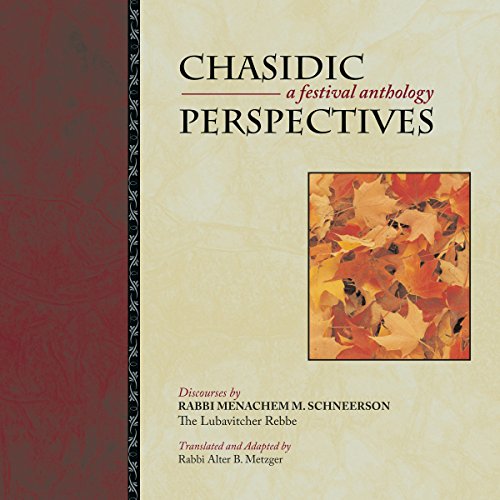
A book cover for Chasidic Perspectives;  The Lubavitcher Rebbe; Religion & Spirituality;